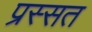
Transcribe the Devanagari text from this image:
प्रस्सत